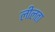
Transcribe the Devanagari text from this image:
लीलता